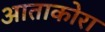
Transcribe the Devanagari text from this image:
आताकोरा